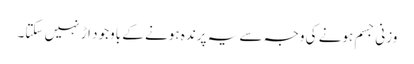
وزنی جسم ہونے کی وجہ سے یہ پرندہ ہونے کے باوجود اڑ نہیں سکتا۔